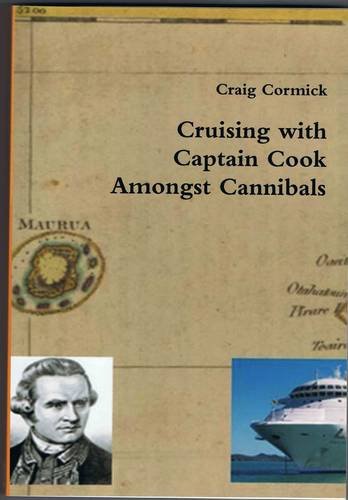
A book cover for Cruising with Captain Cook Amongst Cannibals; Craig Cormick; Travel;